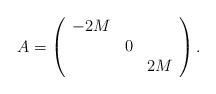
LaTeX: \begin{align*}A = \left(\begin{array}{ccc}-2M & & \\ & 0 & \\ & & 2M\end{array}\right).\end{align*}